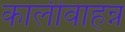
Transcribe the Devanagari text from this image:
कालीवाहन्न